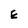
Character: E